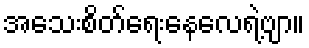
အသေးစိတ်ရေးနေလေရဲ့ဗျာ။